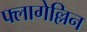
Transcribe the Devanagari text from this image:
फ्लागेल्लिन